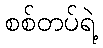
စစ်တပ်ရဲ့